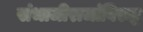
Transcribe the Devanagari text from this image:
संभाजीराजांविरुद्ध